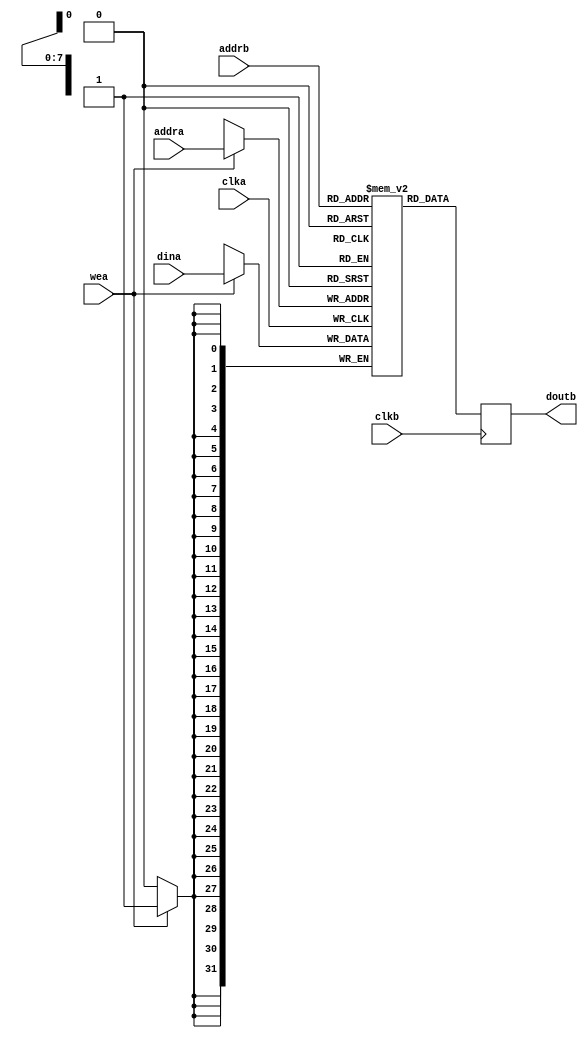
module Block_DualPort_RAM #(
    // parameter ADDR_WIDTH = 16
    parameter ADDR_WIDTH = 8
    )(
    input clka,
    input clkb,
    input [ADDR_WIDTH-1:0] addrb,
    input [ADDR_WIDTH-1:0] addra,
    input [31:0] dina,
    input wea,
    output reg [31:0] doutb
);

(* ram_style="block" *) reg [31:0] mem [(2**ADDR_WIDTH-1):0];

always@(posedge clka) begin
    if(wea) 
        mem[addra] <= dina;
end

always@(posedge clkb) begin
    doutb   <=  mem[addrb];
end

endmodule